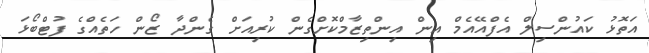
އަތޮޅު ކައުންސިލް އެފްއޭއެމް އިން އިންތިޒާމްކޮށްގެން ކުރިއަށް ގެންދާ ޒޯން ހަތެއްގެ ފުޓްބޯޅަ